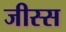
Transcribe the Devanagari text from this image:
जीस्स